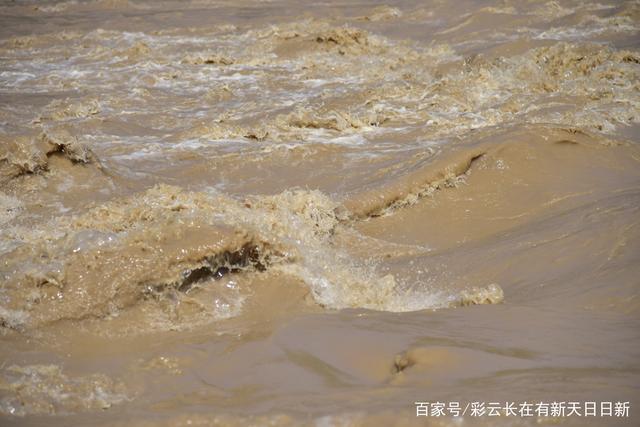
神椎凿石塞神潭，白马参覃赤尘起。